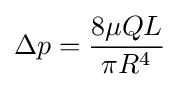
\Delta p={\frac {8\mu QL}{\pi R^{4}}}